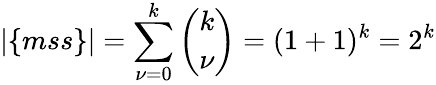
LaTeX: |\{ mss\} |=\sum_{\nu=0}^{k}{\binom{k}{\nu}}=(1+1)^{k}=2^{k}